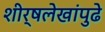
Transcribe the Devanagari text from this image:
शीर्षलेखांपुढे